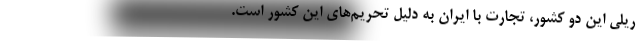
ریلی این دو کشور، تجارت با ایران به دلیل تحریم‌های این کشور است.